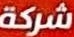
شركة